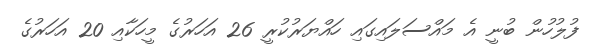
ފުލުހުން ބުނީ އެ މައްސަލައިގައި ހައްޔަރުކުރީ 26 އަހަރުގެ މީހަކާއި 20 އަހަރުގެ